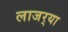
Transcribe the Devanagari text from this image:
लाजर्‍या